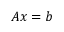
{ \boldsymbol { A } } { \boldsymbol { x } } = { \boldsymbol { b } }